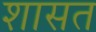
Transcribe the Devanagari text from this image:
शासत